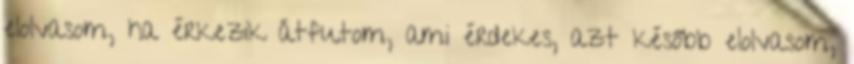
elolvasom, ha érkezik átfutom, ami érdekes, azt később elolvasom,